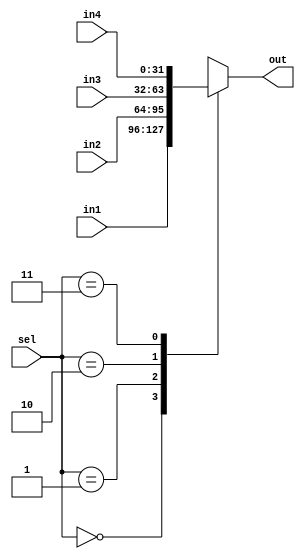
module mux4(in1, in2, in3, in4, out, sel);
parameter DATA_SIZE = 32;

input [DATA_SIZE-1:0] in1;
input [DATA_SIZE-1:0] in2;
input [DATA_SIZE-1:0] in3;
input [DATA_SIZE-1:0] in4;

output reg [DATA_SIZE-1:0] out;

input [1:0] sel;

always @(*) begin
	case (sel)
		2'b00: begin out = in1; end
		2'b01: begin out = in2; end
		2'b10: begin out = in3; end
		2'b11: begin out = in4; end
	endcase
end
endmodule